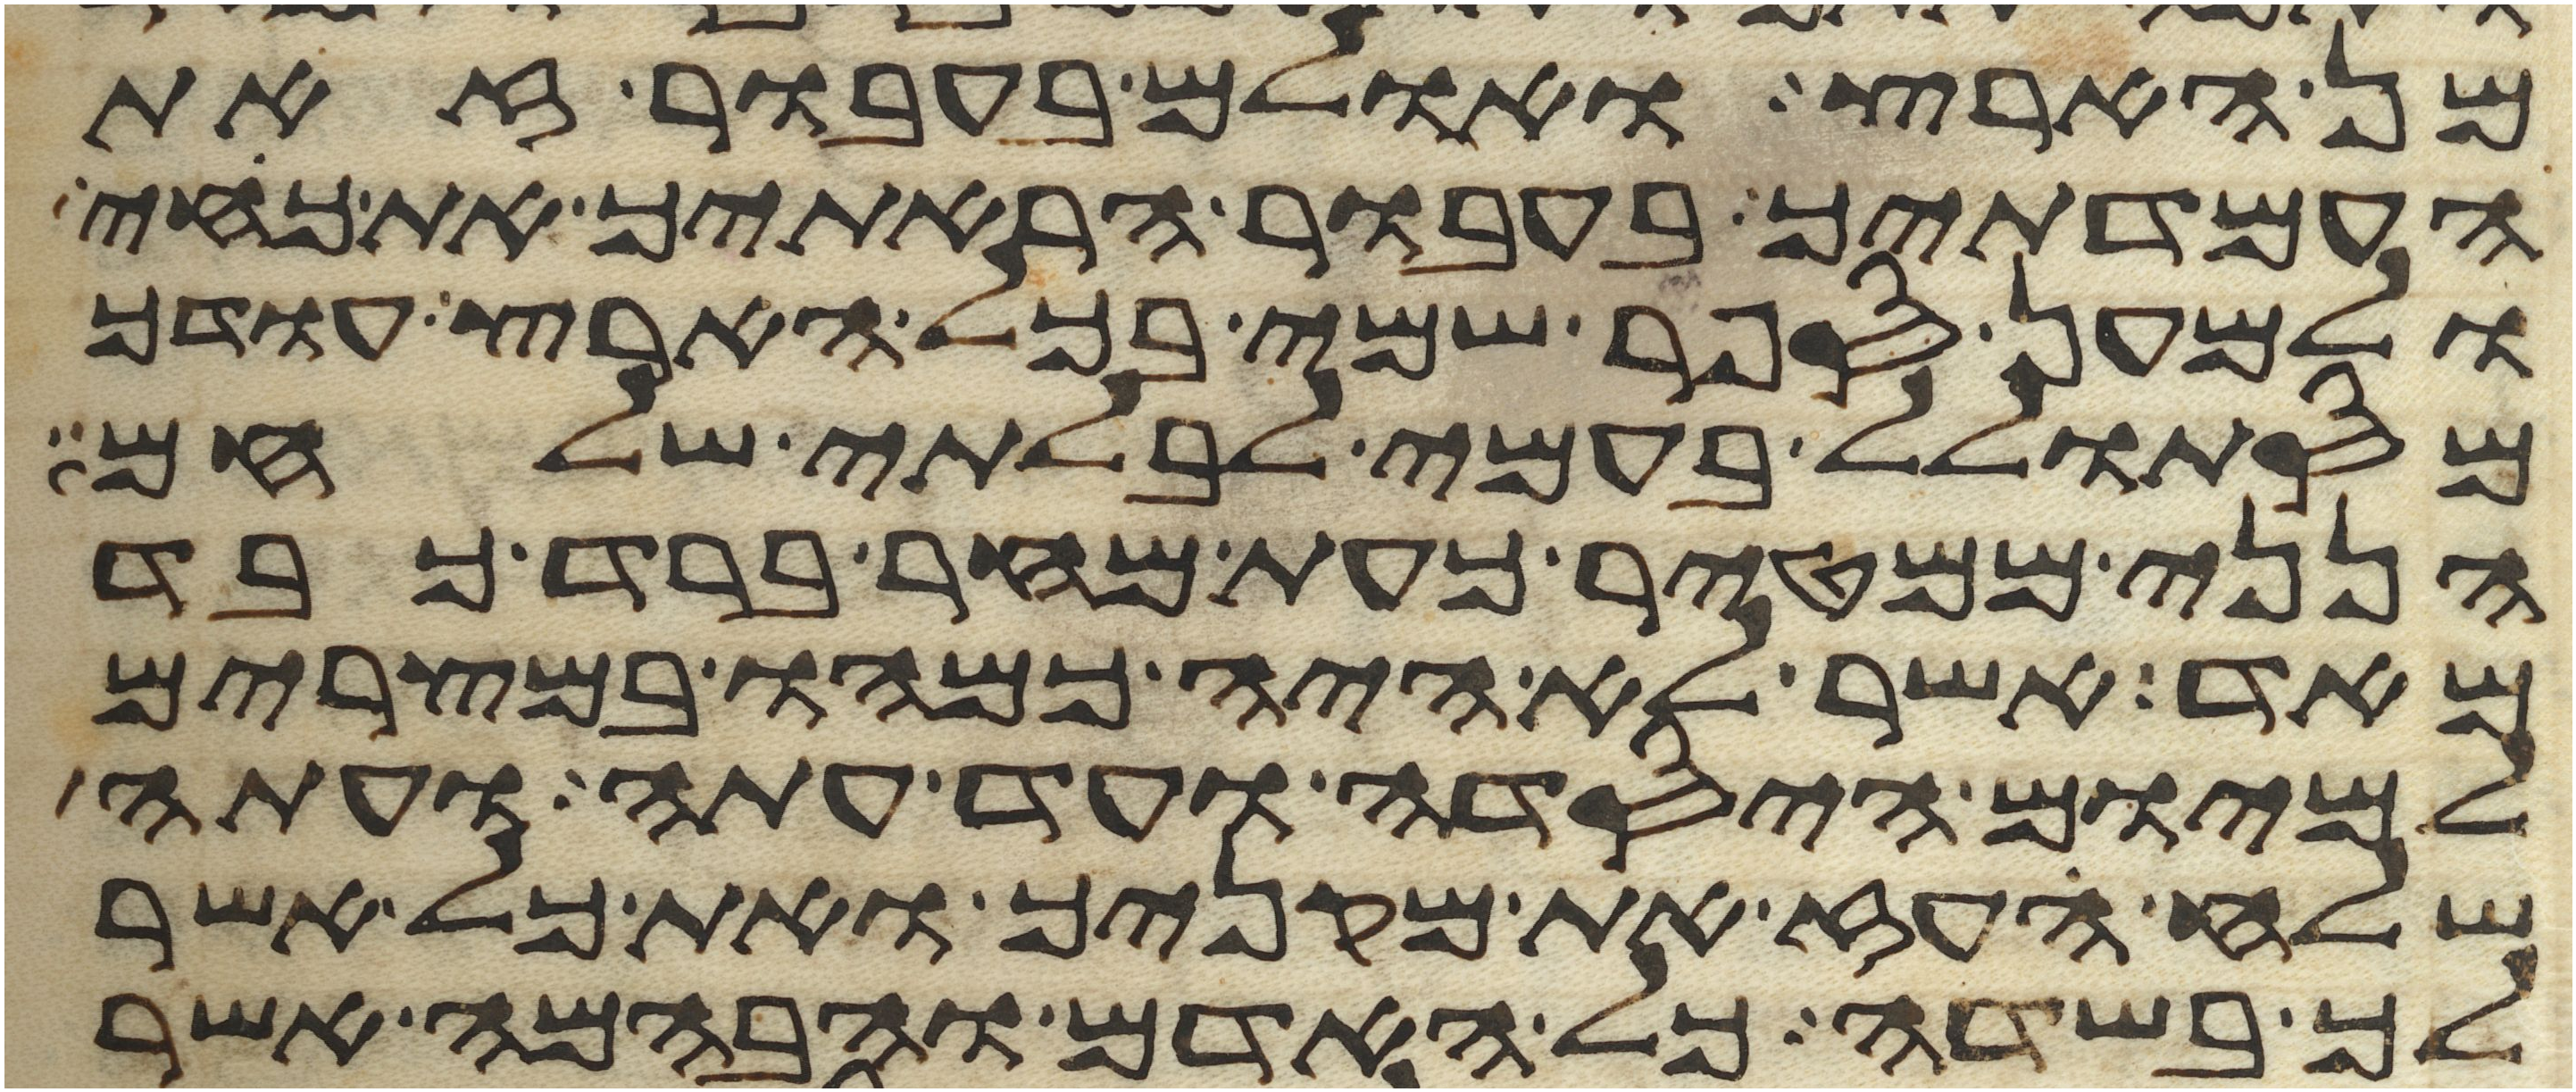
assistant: מן הארץ ואולם בעבור זאת
העמדתיך בעבור הראתיך את כחי
ולמען ספר שמי בכל הארץ עודך
מסתולל בעמי לבלתי שלחם
הנני ממטיר כעת מחר ברד כבד
מאד אשר לא היה כמהו במצרים
למיום היסדה ועד עתה ועתה
שלח העז את מקניך ואת כל אשר
לך בשדה כל האדם והבהמה אשר